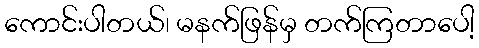
ကောင်းပါတယ်၊ မနက်ဖြန်မှ တက်ကြတာပေါ့